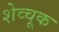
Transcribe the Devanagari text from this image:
शेव्चूक